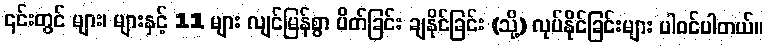
၎င်းတွင် များ၊ များနှင့် 11 များ လျင်မြန်စွာ ပိတ်ခြင်း ချနိုင်ခြင်း (သို့) လုပ်နိုင်ခြင်းများ ပါဝင်ပါတယ်။